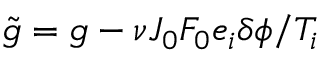
\tilde { g } = g - \nu J _ { 0 } F _ { 0 } e _ { i } \delta \phi / T _ { i }